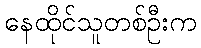
နေထိုင်သူတစ်ဦးက